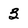
Character: 3